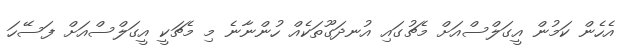
އެހެން ކަމުން އީގަލްސްއަށް މެޗުގައި އުނދަގޫތަކެއް ހުންނާނެ މި މެޗަކީ އީގަލްސްއަށް ފަސޭހަ